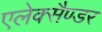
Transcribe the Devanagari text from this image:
एलेक्सैण्डर